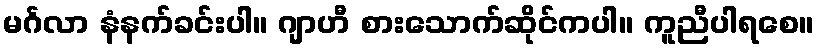
မင်္ဂလာ နံနက်ခင်းပါ။ ဂျာဟီ စားသောက်ဆိုင်ကပါ။ ကူညီပါရစေ။